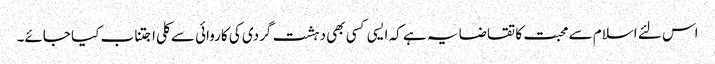
اس لئے اسلام سے محبت کا تقاضا یہ ہے کہ ایسی کسی بھی دہشت گردی کی کاروائی سے کلی اجتناب کیا جائے۔